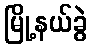
မြို့နယ်ခွဲ